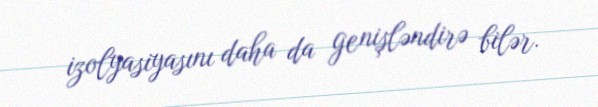
izolyasiyasını daha da genişləndirə bilər.